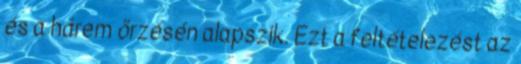
és a hárem őrzésén alapszik. Ezt a feltételezést az